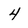
Character: 4